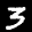
Label: 3